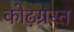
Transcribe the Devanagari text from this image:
कोढ़ग्रस्त